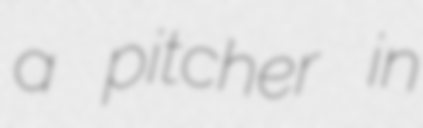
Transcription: a pitcher in